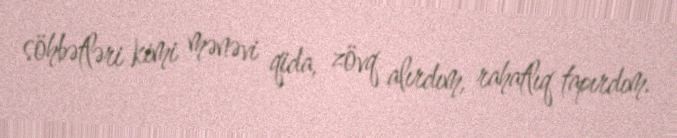
söhbətləri kimi mənəvi qida, zövq alırdım, rahatlıq tapırdım.